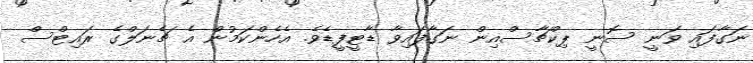
ނަގާފައި ވަނީ ސޮނީ ޕިކްޗާސްއިން ނަގާފައިވާ ޑާޓީފީޑެވެ. އެހެންކަމުން އެ ޗެނަލްގެ ރައިޓްސް